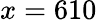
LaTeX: x=610